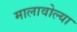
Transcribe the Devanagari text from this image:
मालावोल्या